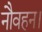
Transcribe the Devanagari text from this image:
नौवहन।